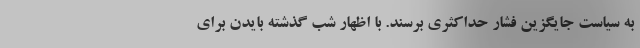
به سیاست جایگزین فشار حداکثری برسند. با اظهار شب گذشته بایدن برای